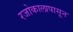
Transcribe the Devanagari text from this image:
रजोकालापासून